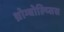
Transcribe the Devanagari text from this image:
थ्रोम्बोल्य्सिस